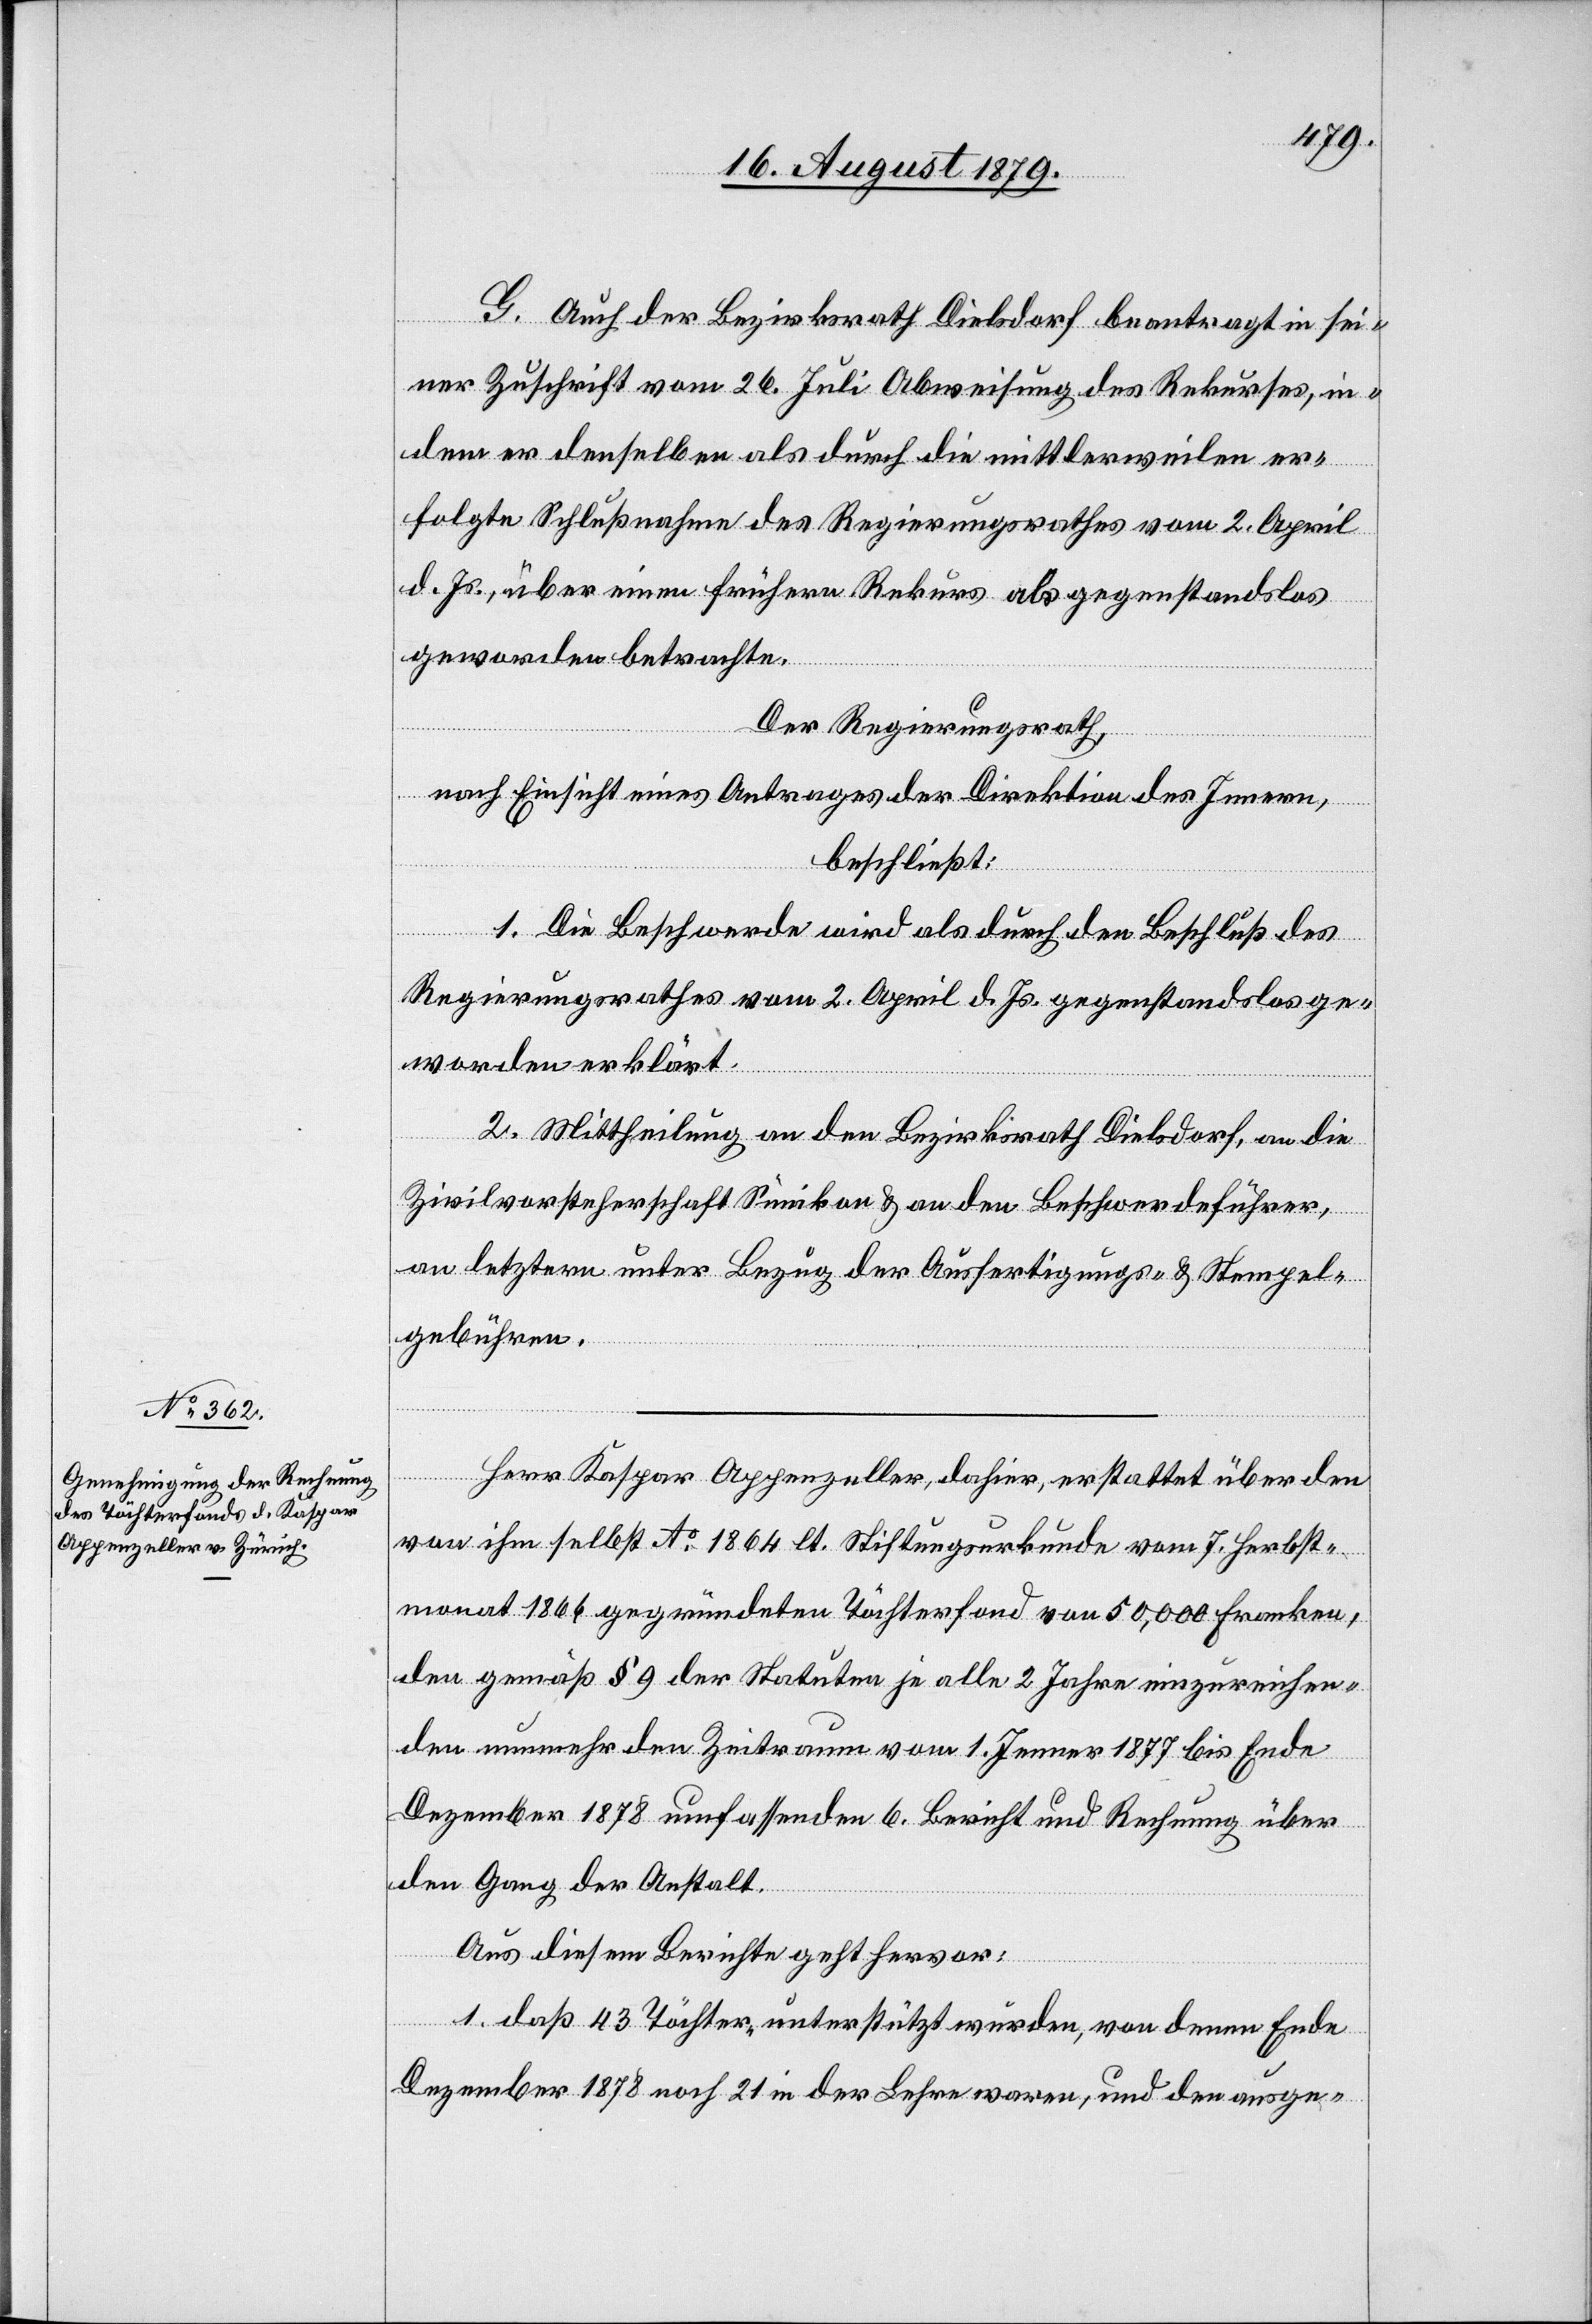
G. Auch der Bezirksrath Dielsdorf beantragt in sei¬
ner Zuschrift vom 26. Juli Abweisung des Rekurses, in¬
dem er denselben als durch die mittlerweilen er¬
folgte Schlußnahme des Regierungsrathes vom 2. April
d. Js., über einen frühern Rekurs als gegenstandslos
geworden betrachte.
Der Regierungsrath,
nach Einsicht eines Antrages der Direktion des Innern,
beschließt:
1. Die Beschwerde wird als durch den Beschluß des
Regierungsrathes vom 2. April d. Js. gegenstandslos ge¬
worden erklärt.
2. Mittheilung an den Bezirksrath Dielsdorf, an die
Zivilvorsteherschaft Sünikon & an den Beschwerdeführer,
an letztern unter Bezug der Ausfertigungs- und Stempel¬
gebühren.
Herr Kaspar Appenzeller, dahier, erstattet über den
von ihm selbst Ao 1864 lt. Sistirungsurkunde vom 7. Herbst¬
monat 1866 gegründeten Töchterfond von 50,000 Franken,
den gemäß § 9 der Statuten je alle 2 Jahre einzureichen¬
den nunmehr den Zeitraum vom 1. Jenner 1877 bis Ende
Dezember 1878 umfassenden 6. Bericht und Rechnung über
den Gang der Anstalt.
Aus diesem Berichte geht hervor:
1. daß 43 Töchter unterstützt wurden, von denen Ende
Dezember 1878 noch 21 in der Lehre waren, und den ausge-